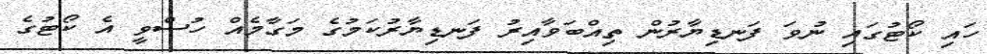
ހައި ކޯޓުގައި ނުވަ ފަނޑިޔާރުން ތިއްބަވާއިރު ފަނޑިޔާރުކަމުގެ މަގާމެއް ހުސްވީ އެ ކޯޓުގެ